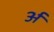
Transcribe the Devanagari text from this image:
र्अ